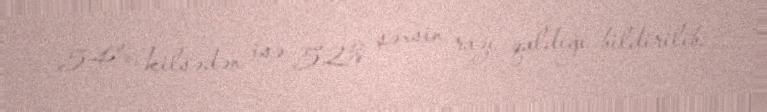
54%, kilsədən isə 52% şəxsin razı qaldığı bildirilib.